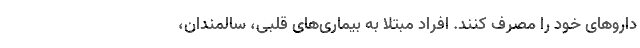
داروهای خود را مصرف کنند. افراد مبتلا به بیماری‌های قلبی، سالمندان،